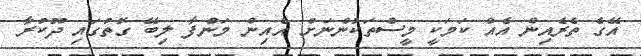
އޭގެ ތެރެއިން އެއް ކަމަކީ މީސްތަކުންނަށް އެއިން މަންފާ ލިބޭ ގޮތުގައި ދޫކުރާ